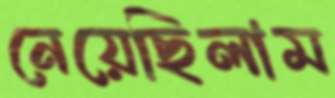
নেয়েছিলাম